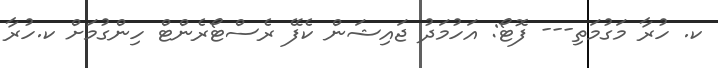
ކ. ހުރާ މަގުމަތި--- ފޮޓޯ: އަހުމަދު ޖައިޝަން ކެފޭ ރެސްޓޯރެންޓް ހިންގުމަށް ކ.ހުރާ